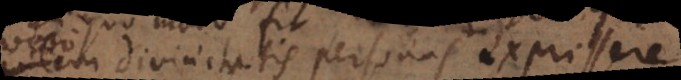
divinitatis personas expressere